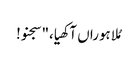
مُلا ہوراں آکھیا،"سجنو!